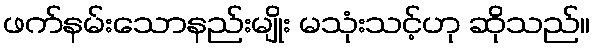
ဖက်နမ်းသောနည်းမျိုး မသုံးသင့်ဟု ဆိုသည်။